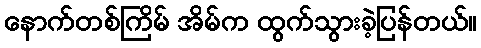
နောက်တစ်ကြိမ် အိမ်က ထွက်သွားခဲ့ပြန်တယ်။